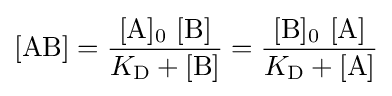
{[\mathrm {AB} ]}={\frac {[\mathrm {A} ]{\vphantom {A}}_{\smash[{t}]{0}}~[\mathrm {B} ]}{K_{\mathrm {D} }+[{\ce {B}}]}}={\frac {[\mathrm {B} ]{\vphantom {A}}_{\smash[{t}]{0}}~[\mathrm {A} ]}{K_{\mathrm {D} }+[{\ce {A}}]}}